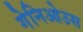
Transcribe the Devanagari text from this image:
गेनिओउस